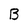
Character: B